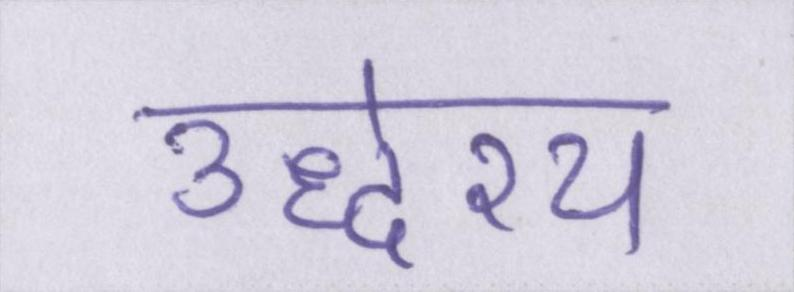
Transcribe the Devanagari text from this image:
उद्धेश्य